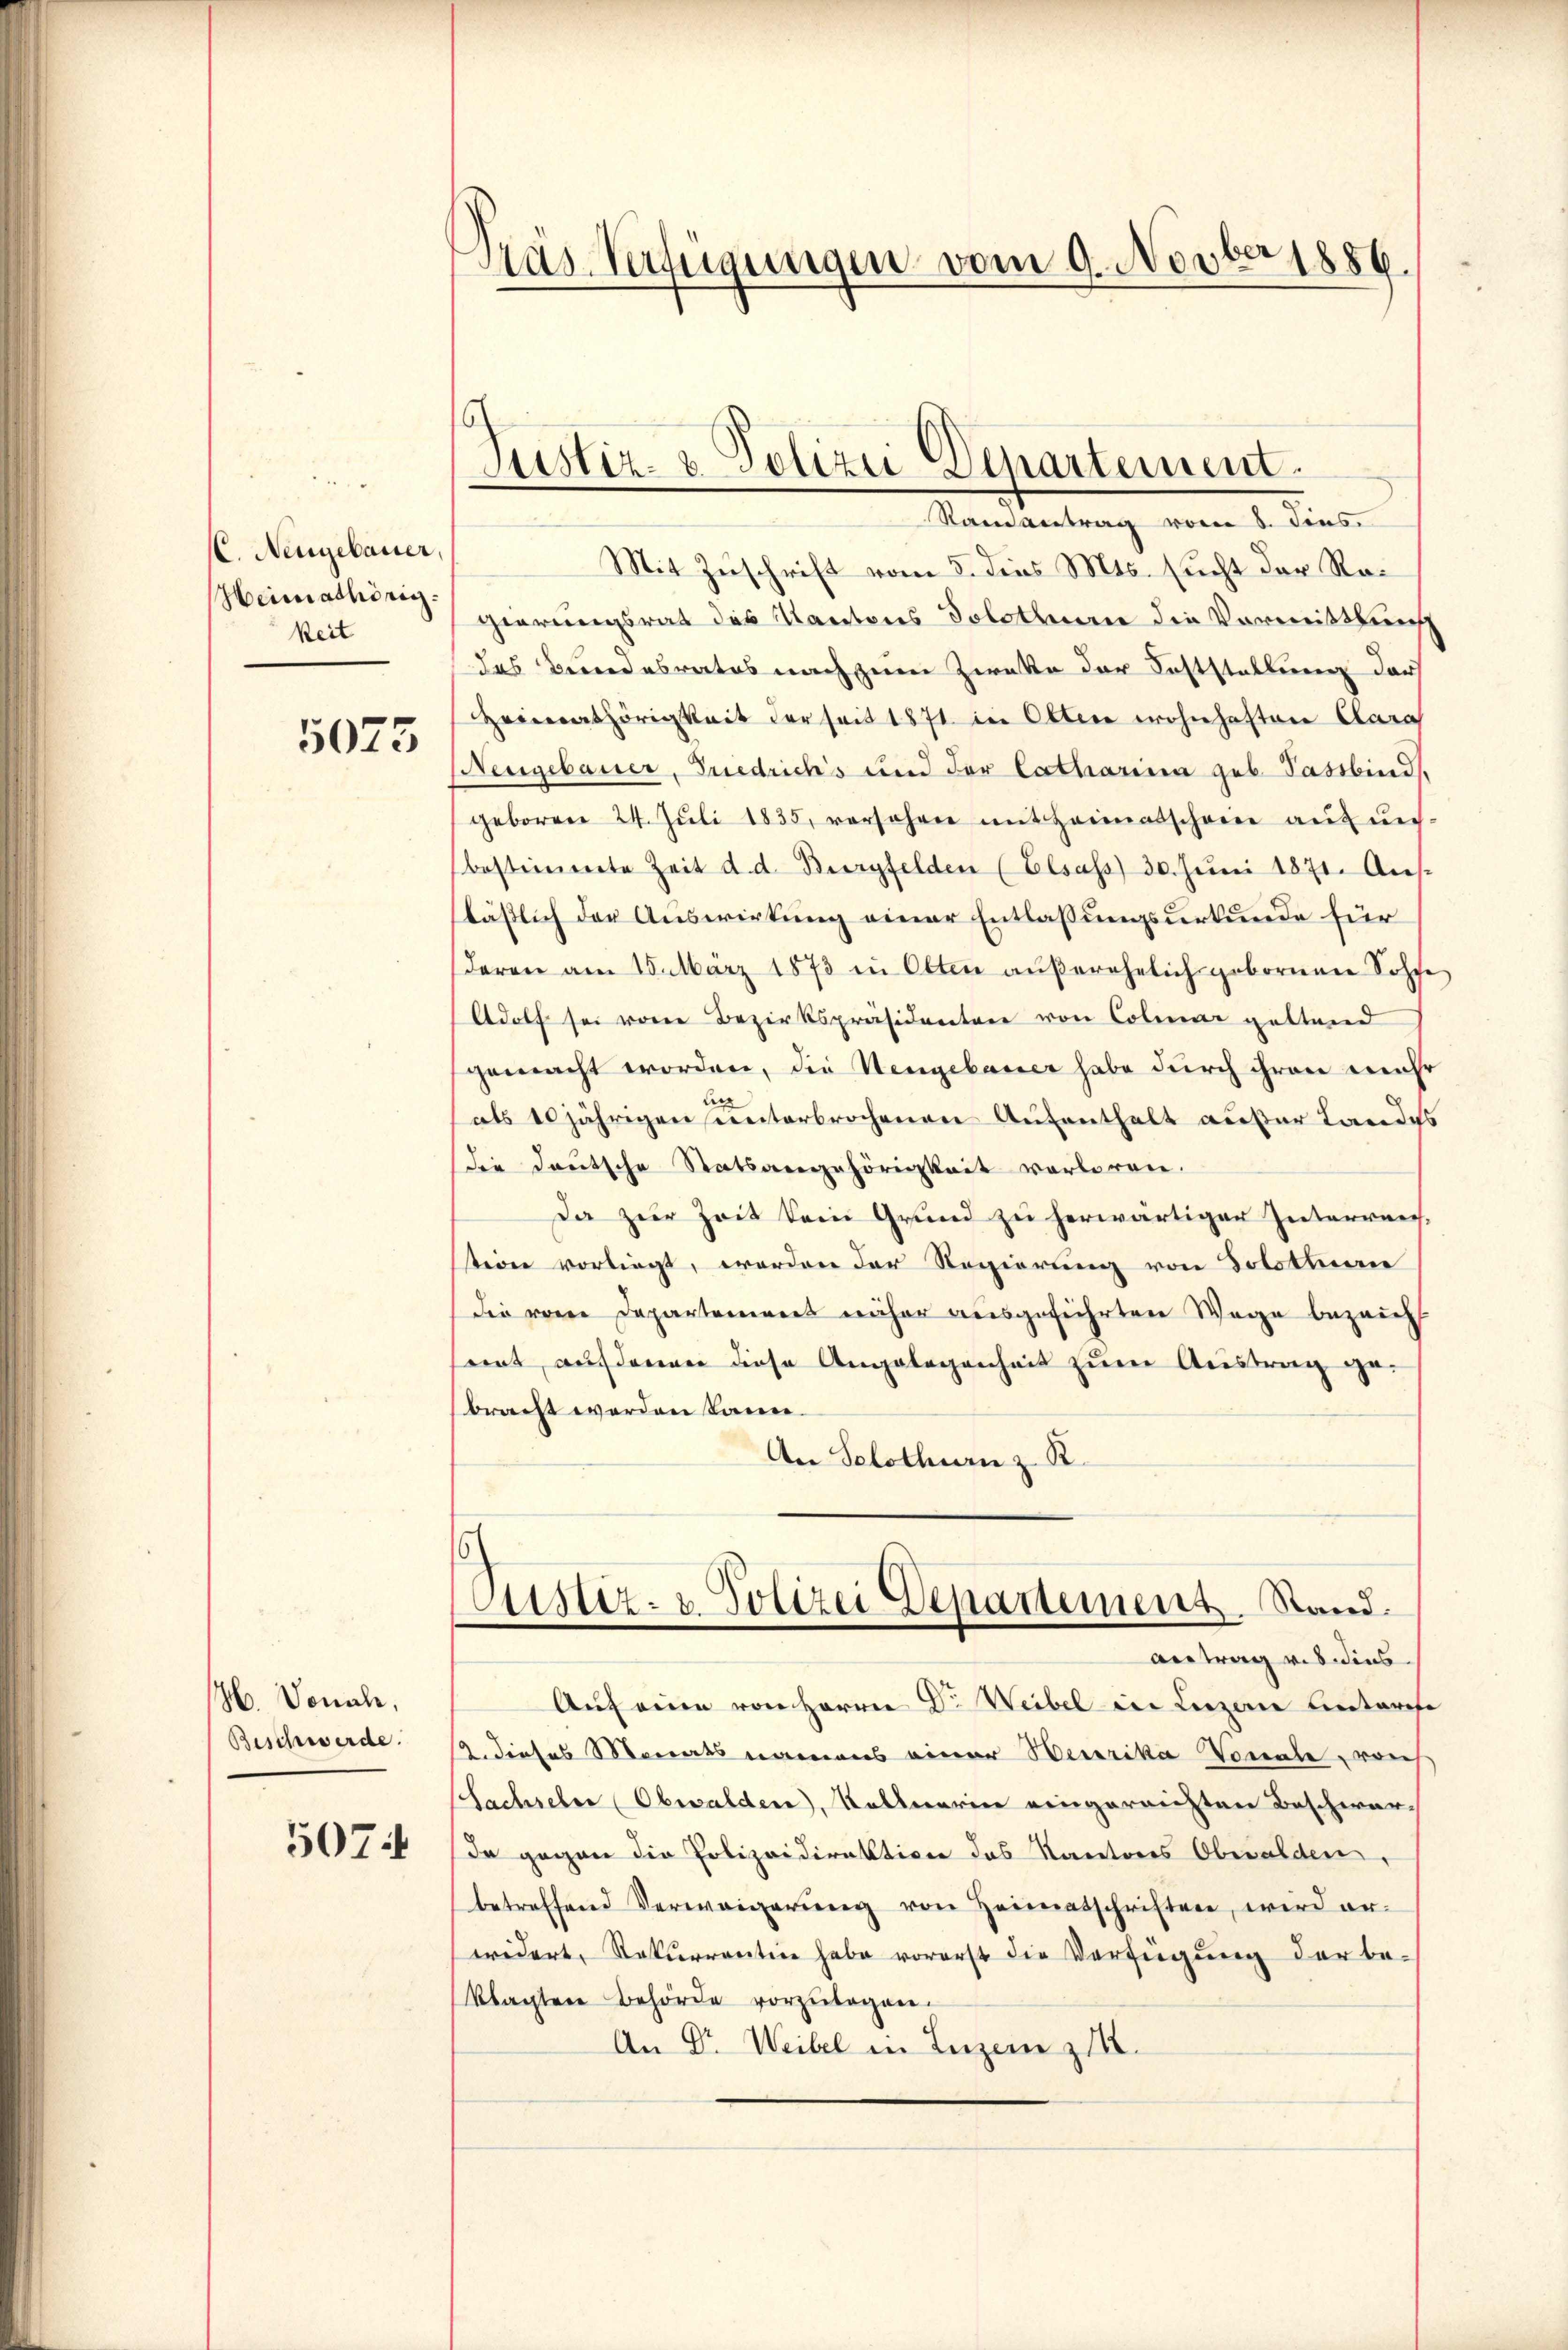
C. Neugebauer,
Heimathörig.
keit

5073

H. Vonale,
Beschwerde.

5074

Pras Verfügungen vom 9. Novber 1889.

Justiz- & Polizei Departement.
Ramantrag vom 8. Dies

Mit Zuschrift vom 3. dens Mts. sucht der Rogierungsrat des Kantons Solothurn die Vormittlung
das Bundesrates nach zum Zwecke der Feststellung darf
Heimathörigkeit der seit 1871 in Olten wohnhaften Clara
(Neugebauer, Friedrichs und der Catharina geb. Passbind,
geboren 24. Jŭli 1835, versehen mit Heimatschein aŭf ŭn-
bestimmte Zeit d. d. Burgfelden (Elsass 30. Juni 1871. Aus-
läßlich der Auswirkung einer Entlassungsurkunde für
deren am 15. März 1873 in Otten außerehelich geborenen Sohfe
Adolf sei von Bezirkspräsidenten von Colmar geltend
gemacht worden, die Hengebauer habe durch ihren mehr
An
als 10jährigen unterbrochenen Aufenthalt aufer Landes
die deutsche Statsangehörigkeit verloren.
Da zur Zeit kein Grund zu herwärtigen Interreichstion vorliegt, worden der Regierung von Solothure
die vom Departement näher ausgeführten Wege bezeich
rent auf derenen diese Angelegenheit zum Austrag ge-
bracht werden kann.
An Solothurn z. R.
6
Justiz- & Polizei Departement. Stand.
Antrag vis dies
Auf eine von Herrn Dr. Weibel in Liezere Unterche
12. dieses Monats namens einer Secerika Vonale von
Sachseher (Obwalden, Kellnerin eingereichten Beschwar-
In gegen die Polizeidirektion des Kantons Obwalden,
betreffend Verweigerŭng von Heimatschriften, wird er-
widert, Rekurrenten habe vorerst die Verfügung der be-
klagten Behörde vorzŭlegen.
An Dr. Weibel in Luzern z